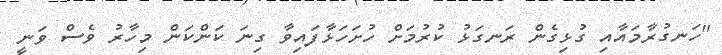
"ހަނގުރާމައާއި ގުޅިގެން ރަނގަޅު ކުރުމަށް ހުށަހަޅާފައިވާ ގިނަ ކަންކަން މިހާރު ވެސް ވަނީ